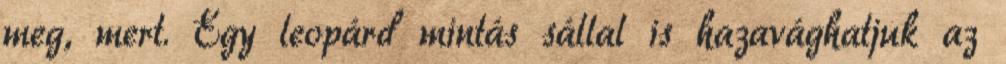
meg, mert. Egy leopárd mintás sállal is hazavághatjuk az